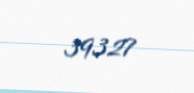
39327